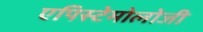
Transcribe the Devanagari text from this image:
एपिस्टेमोलोजी